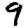
Digit: 9